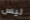
ليس